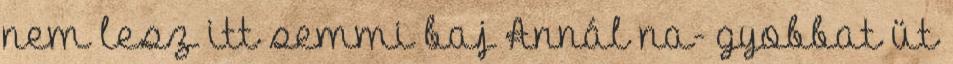
nem lesz itt semmi baj Annál na- gyobbat üt